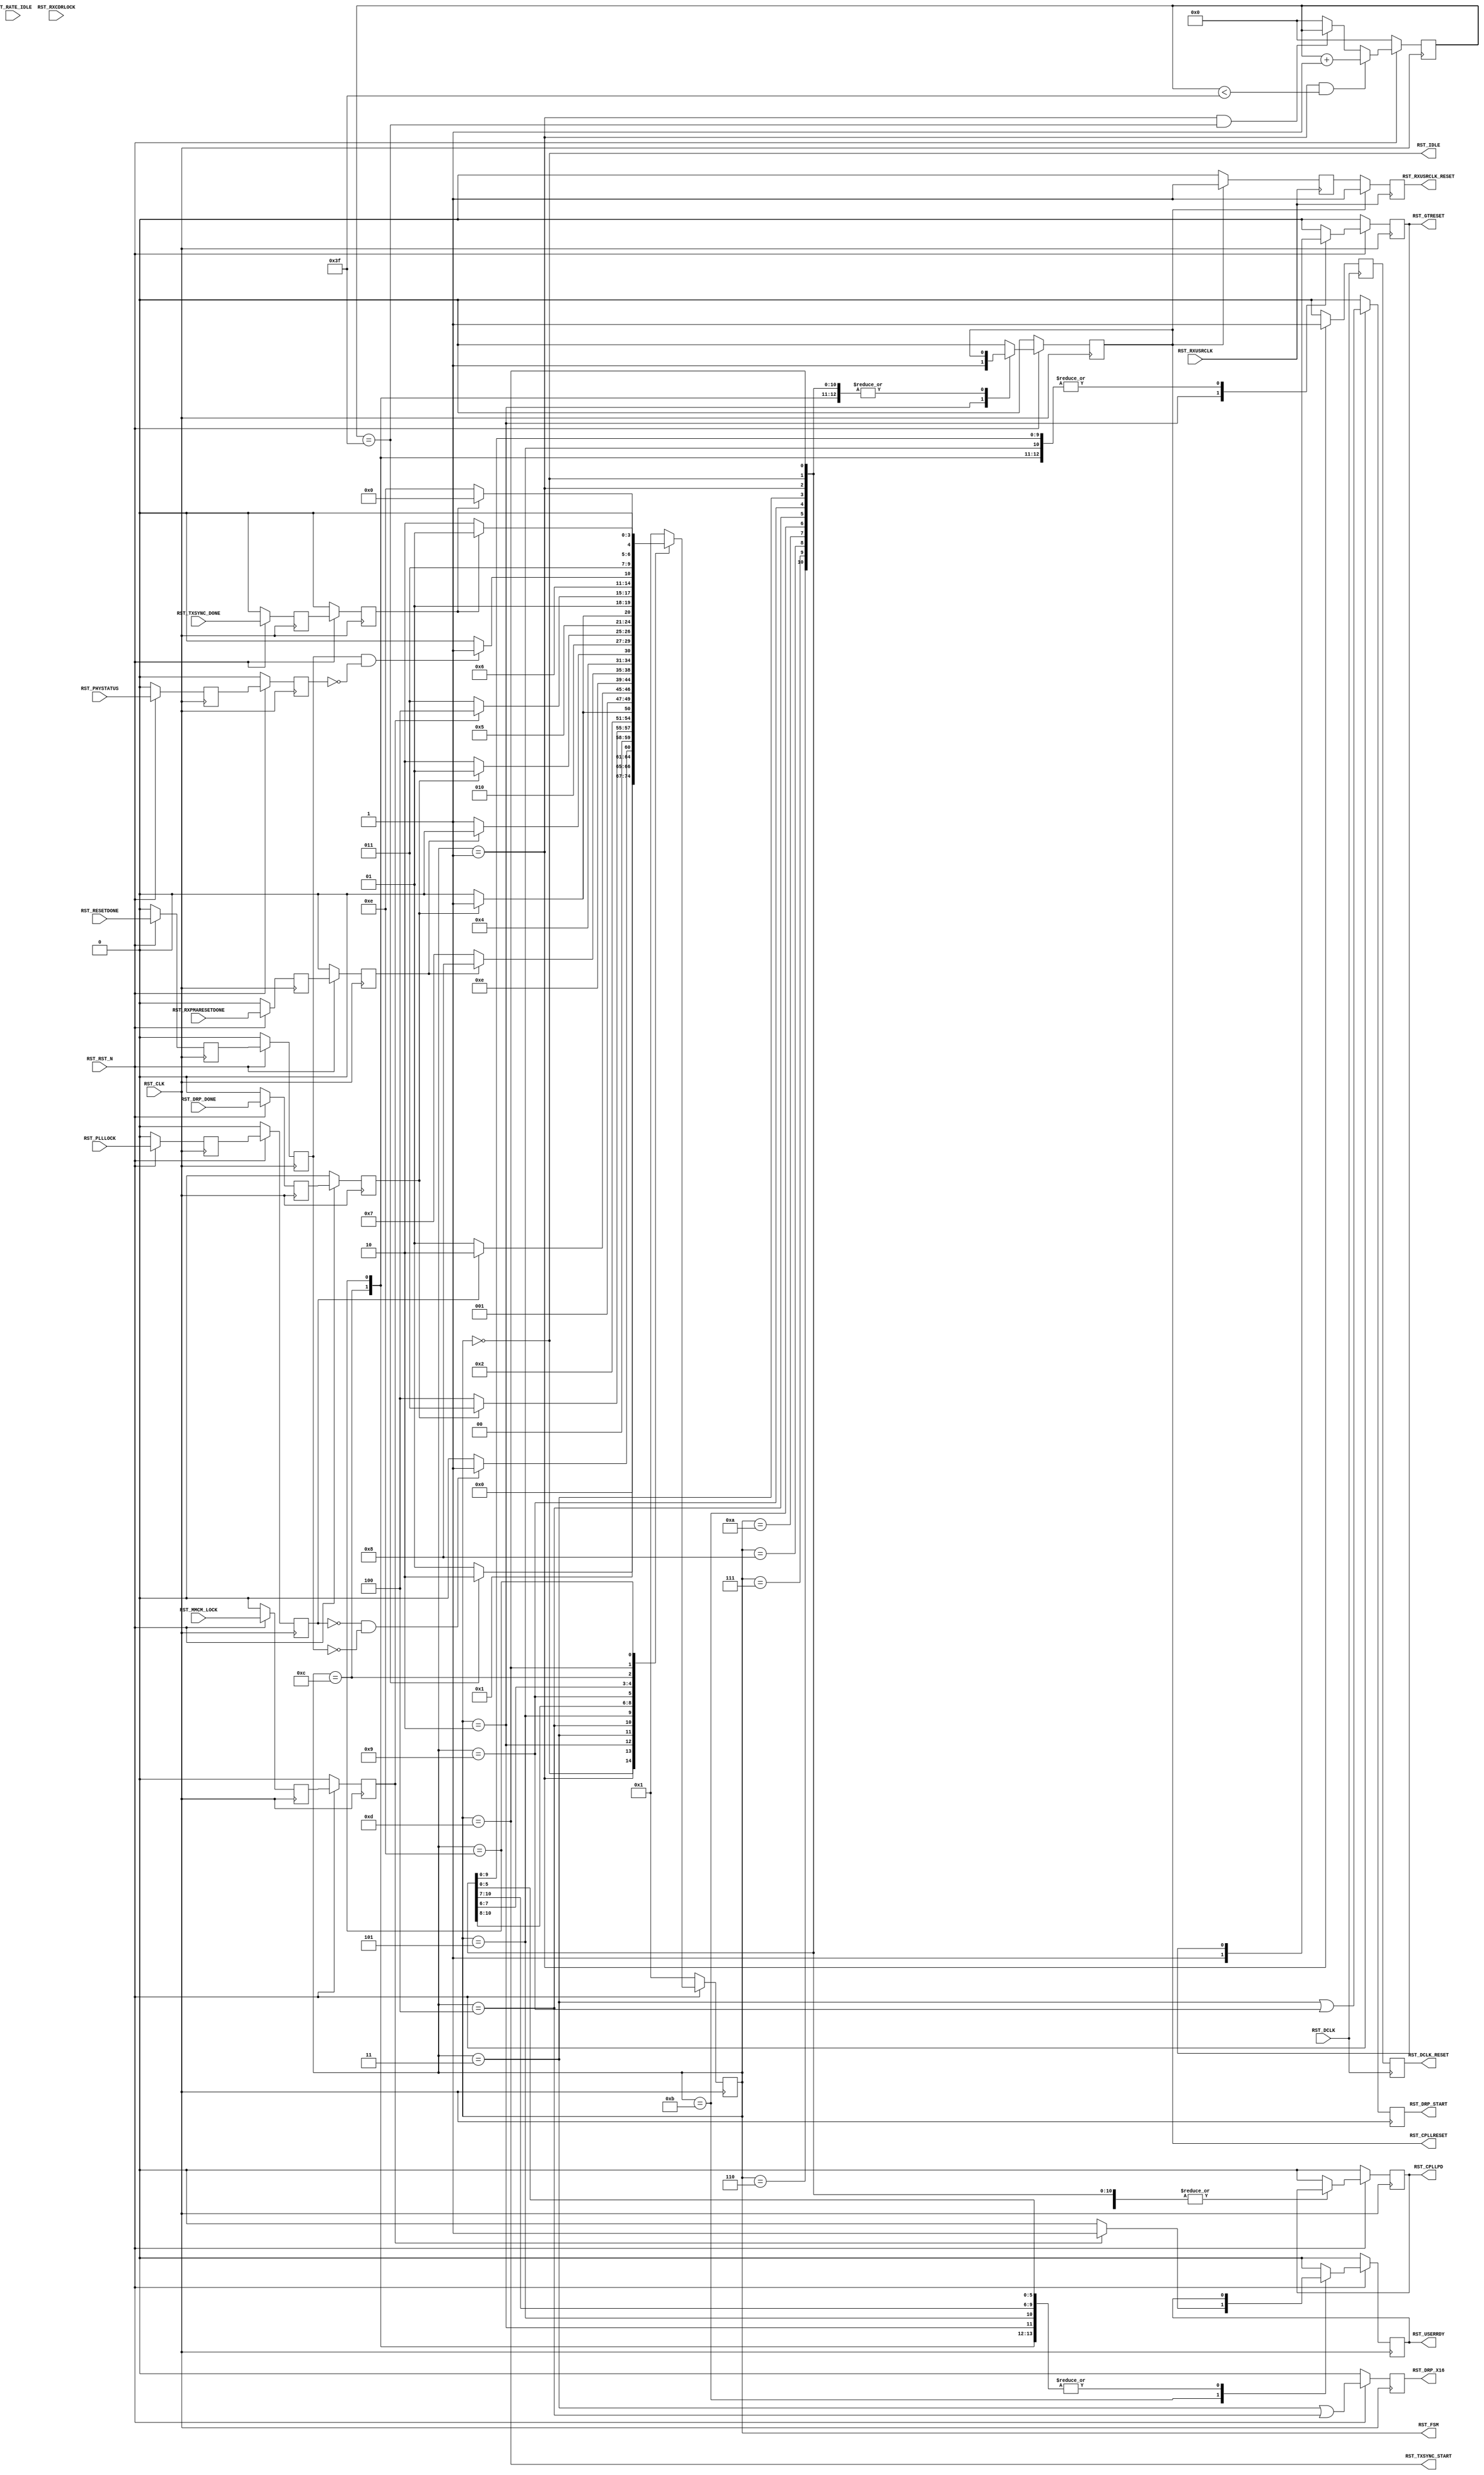
//-----------------------------------------------------------------------------
//
// (c) Copyright 2010-2011 Xilinx, Inc. All rights reserved.
//
// This file contains confidential and proprietary information
// of Xilinx, Inc. and is protected under U.S. and
// international copyright and other intellectual property
// laws.
//
// DISCLAIMER
// This disclaimer is not a license and does not grant any
// rights to the materials distributed herewith. Except as
// otherwise provided in a valid license issued to you by
// Xilinx, and to the maximum extent permitted by applicable
// law: (1) THESE MATERIALS ARE MADE AVAILABLE "AS IS" AND
// WITH ALL FAULTS, AND XILINX HEREBY DISCLAIMS ALL WARRANTIES
// AND CONDITIONS, EXPRESS, IMPLIED, OR STATUTORY, INCLUDING
// BUT NOT LIMITED TO WARRANTIES OF MERCHANTABILITY, NON-
// INFRINGEMENT, OR FITNESS FOR ANY PARTICULAR PURPOSE; and
// (2) Xilinx shall not be liable (whether in contract or tort,
// including negligence, or under any other theory of
// liability) for any loss or damage of any kind or nature
// related to, arising under or in connection with these
// materials, including for any direct, or any indirect,
// special, incidental, or consequential loss or damage
// (including loss of data, profits, goodwill, or any type of
// loss or damage suffered as a result of any action brought
// by a third party) even if such damage or loss was
// reasonably foreseeable or Xilinx had been advised of the
// possibility of the same.
//
// CRITICAL APPLICATIONS
// Xilinx products are not designed or intended to be fail-
// safe, or for use in any application requiring fail-safe
// performance, such as life-support or safety devices or
// systems, Class III medical devices, nuclear facilities,
// applications related to the deployment of airbags, or any
// other applications that could lead to death, personal
// injury, or severe property or environmental damage
// (individually and collectively, "Critical
// Applications"). Customer assumes the sole risk and
// liability of any use of Xilinx products in Critical
// Applications, subject only to applicable laws and
// regulations governing limitations on product liability.
//
// THIS COPYRIGHT NOTICE AND DISCLAIMER MUST BE RETAINED AS
// PART OF THIS FILE AT ALL TIMES.
//
//-----------------------------------------------------------------------------
// Project    : Series-7 Integrated Block for PCI Express
// Version    : 3.2
//------------------------------------------------------------------------------
//  Description  :  GTP PIPE Reset Module for 7 Series Transceiver
//  Version      :  19.0
//------------------------------------------------------------------------------



`timescale 1ns / 1ps



//---------- PIPE Reset Module -------------------------------------------------
(* DowngradeIPIdentifiedWarnings = "yes" *)
module PCIeGen2x8If128_gtp_pipe_reset #
(

    //---------- Global ------------------------------------
    parameter PCIE_SIM_SPEEDUP = "FALSE",                   // PCIe sim speedup 
    parameter PCIE_LANE        = 1,                         // PCIe number of lanes
    //---------- Local -------------------------------------
    parameter CFG_WAIT_MAX     = 6'd63,                     // Configuration wait max
    parameter BYPASS_RXCDRLOCK = 1                          // Bypass RXCDRLOCK

)

(

    //---------- Input -------------------------------------
    input                           RST_CLK,
    input                           RST_RXUSRCLK,
    input                           RST_DCLK,
    input                           RST_RST_N,
    input       [PCIE_LANE-1:0]     RST_DRP_DONE,
    input       [PCIE_LANE-1:0]     RST_RXPMARESETDONE,
    input                           RST_PLLLOCK,
    input       [PCIE_LANE-1:0]     RST_RATE_IDLE,
    input       [PCIE_LANE-1:0]     RST_RXCDRLOCK,
    input                           RST_MMCM_LOCK,
    input       [PCIE_LANE-1:0]     RST_RESETDONE,
    input       [PCIE_LANE-1:0]     RST_PHYSTATUS,
    input       [PCIE_LANE-1:0]     RST_TXSYNC_DONE,
    
    //---------- Output ------------------------------------
    output                          RST_CPLLRESET,
    output                          RST_CPLLPD,
    output reg                      RST_DRP_START,
    output reg                      RST_DRP_X16,
    output                          RST_RXUSRCLK_RESET,
    output                          RST_DCLK_RESET,
    output                          RST_GTRESET,
    output                          RST_USERRDY,
    output                          RST_TXSYNC_START,
    output                          RST_IDLE,
    output      [ 4:0]              RST_FSM

);

    //---------- Input Register ----------------------------
(* ASYNC_REG = "TRUE", SHIFT_EXTRACT = "NO" *)    reg         [PCIE_LANE-1:0]     drp_done_reg1;
(* ASYNC_REG = "TRUE", SHIFT_EXTRACT = "NO" *)    reg         [PCIE_LANE-1:0]     rxpmaresetdone_reg1;
(* ASYNC_REG = "TRUE", SHIFT_EXTRACT = "NO" *)    reg                             plllock_reg1;
(* ASYNC_REG = "TRUE", SHIFT_EXTRACT = "NO" *)    reg         [PCIE_LANE-1:0]     rate_idle_reg1;
(* ASYNC_REG = "TRUE", SHIFT_EXTRACT = "NO" *)    reg         [PCIE_LANE-1:0]     rxcdrlock_reg1;
(* ASYNC_REG = "TRUE", SHIFT_EXTRACT = "NO" *)    reg                             mmcm_lock_reg1;
(* ASYNC_REG = "TRUE", SHIFT_EXTRACT = "NO" *)    reg         [PCIE_LANE-1:0]     resetdone_reg1;
(* ASYNC_REG = "TRUE", SHIFT_EXTRACT = "NO" *)    reg         [PCIE_LANE-1:0]     phystatus_reg1;
(* ASYNC_REG = "TRUE", SHIFT_EXTRACT = "NO" *)    reg         [PCIE_LANE-1:0]     txsync_done_reg1;  
    
(* ASYNC_REG = "TRUE", SHIFT_EXTRACT = "NO" *)    reg         [PCIE_LANE-1:0]     drp_done_reg2;
(* ASYNC_REG = "TRUE", SHIFT_EXTRACT = "NO" *)    reg         [PCIE_LANE-1:0]     rxpmaresetdone_reg2;
(* ASYNC_REG = "TRUE", SHIFT_EXTRACT = "NO" *)    reg                             plllock_reg2;
(* ASYNC_REG = "TRUE", SHIFT_EXTRACT = "NO" *)    reg         [PCIE_LANE-1:0]     rate_idle_reg2;
(* ASYNC_REG = "TRUE", SHIFT_EXTRACT = "NO" *)    reg         [PCIE_LANE-1:0]     rxcdrlock_reg2;
(* ASYNC_REG = "TRUE", SHIFT_EXTRACT = "NO" *)    reg                             mmcm_lock_reg2;
(* ASYNC_REG = "TRUE", SHIFT_EXTRACT = "NO" *)    reg         [PCIE_LANE-1:0]     resetdone_reg2;
(* ASYNC_REG = "TRUE", SHIFT_EXTRACT = "NO" *)    reg         [PCIE_LANE-1:0]     phystatus_reg2;
(* ASYNC_REG = "TRUE", SHIFT_EXTRACT = "NO" *)    reg         [PCIE_LANE-1:0]     txsync_done_reg2;
    
    //---------- Internal Signal ---------------------------
    reg         [ 5:0]              cfg_wait_cnt      =  6'd0;
    
    //---------- Output Register ---------------------------
    reg                             pllreset          =  1'd0;
    reg                             pllpd             =  1'd0;
    reg                             rxusrclk_rst_reg1 =  1'd0;
    reg                             rxusrclk_rst_reg2 =  1'd0;
    reg                             dclk_rst_reg1     =  1'd0;
    reg                             dclk_rst_reg2     =  1'd0;
    reg                             gtreset           =  1'd0;
    reg                             userrdy           =  1'd0;
    reg         [ 4:0]              fsm               =  5'h1;                 
   
    //---------- FSM ---------------------------------------                                         
    localparam                      FSM_IDLE             = 5'h0; 
    localparam                      FSM_CFG_WAIT         = 5'h1;
    localparam                      FSM_PLLRESET         = 5'h2; 
    localparam                      FSM_DRP_X16_START    = 5'h3;
    localparam                      FSM_DRP_X16_DONE     = 5'h4;   
    localparam                      FSM_PLLLOCK          = 5'h5;
    localparam                      FSM_GTRESET          = 5'h6;
    localparam                      FSM_RXPMARESETDONE_1 = 5'h7; 
    localparam                      FSM_RXPMARESETDONE_2 = 5'h8; 
    localparam                      FSM_DRP_X20_START    = 5'h9;
    localparam                      FSM_DRP_X20_DONE     = 5'hA;                    
    localparam                      FSM_MMCM_LOCK        = 5'hB;  
    localparam                      FSM_RESETDONE        = 5'hC;  
    localparam                      FSM_TXSYNC_START     = 5'hD;
    localparam                      FSM_TXSYNC_DONE      = 5'hE;                                 

    

//---------- Input FF ----------------------------------------------------------
always @ (posedge RST_CLK)
begin

    if (!RST_RST_N)
        begin    
        //---------- 1st Stage FF --------------------------  
        drp_done_reg1       <= {PCIE_LANE{1'd0}};   
        rxpmaresetdone_reg1 <= {PCIE_LANE{1'd0}}; 
        plllock_reg1        <= 1'd0; 
        rate_idle_reg1      <= {PCIE_LANE{1'd0}}; 
        rxcdrlock_reg1      <= {PCIE_LANE{1'd0}}; 
        mmcm_lock_reg1      <= 1'd0; 
        resetdone_reg1      <= {PCIE_LANE{1'd0}}; 
        phystatus_reg1      <= {PCIE_LANE{1'd0}}; 
        txsync_done_reg1    <= {PCIE_LANE{1'd0}}; 
        //---------- 2nd Stage FF --------------------------
        drp_done_reg2       <= {PCIE_LANE{1'd0}};
        rxpmaresetdone_reg2 <= {PCIE_LANE{1'd0}}; 
        plllock_reg2        <= 1'd0; 
        rate_idle_reg2      <= {PCIE_LANE{1'd0}}; 
        rxcdrlock_reg2      <= {PCIE_LANE{1'd0}}; 
        mmcm_lock_reg2      <= 1'd0;
        resetdone_reg2      <= {PCIE_LANE{1'd0}}; 
        phystatus_reg2      <= {PCIE_LANE{1'd0}}; 
        txsync_done_reg2    <= {PCIE_LANE{1'd0}}; 
        end
    else
        begin  
        //---------- 1st Stage FF --------------------------   
        drp_done_reg1       <= RST_DRP_DONE; 
        rxpmaresetdone_reg1 <= RST_RXPMARESETDONE; 
        plllock_reg1        <= RST_PLLLOCK;
        rate_idle_reg1      <= RST_RATE_IDLE;
        rxcdrlock_reg1      <= RST_RXCDRLOCK;
        mmcm_lock_reg1      <= RST_MMCM_LOCK;
        resetdone_reg1      <= RST_RESETDONE;
        phystatus_reg1      <= RST_PHYSTATUS;
        txsync_done_reg1    <= RST_TXSYNC_DONE;
        //---------- 2nd Stage FF --------------------------
        drp_done_reg2       <= drp_done_reg1;
        rxpmaresetdone_reg2 <= rxpmaresetdone_reg1;
        plllock_reg2        <= plllock_reg1;
        rate_idle_reg2      <= rate_idle_reg1;
        rxcdrlock_reg2      <= rxcdrlock_reg1;
        mmcm_lock_reg2      <= mmcm_lock_reg1;
        resetdone_reg2      <= resetdone_reg1;
        phystatus_reg2      <= phystatus_reg1;
        txsync_done_reg2    <= txsync_done_reg1;   
        end
        
end    



//---------- Configuration Reset Wait Counter ----------------------------------
always @ (posedge RST_CLK)
begin

    if (!RST_RST_N)
        cfg_wait_cnt <= 6'd0;
    else
    
        //---------- Increment Configuration Reset Wait Counter
        if ((fsm == FSM_CFG_WAIT) && (cfg_wait_cnt < CFG_WAIT_MAX))
            cfg_wait_cnt <= cfg_wait_cnt + 6'd1;
            
        //---------- Hold Configuration Reset Wait Counter -
        else if ((fsm == FSM_CFG_WAIT) && (cfg_wait_cnt == CFG_WAIT_MAX))
            cfg_wait_cnt <= cfg_wait_cnt;
            
        //---------- Reset Configuration Reset Wait Counter 
        else
            cfg_wait_cnt <= 6'd0;
        
end 



//---------- PIPE Reset FSM ----------------------------------------------------
always @ (posedge RST_CLK)
begin

    if (!RST_RST_N)
        begin
        fsm      <= FSM_CFG_WAIT;
        pllreset <= 1'd0;
        pllpd    <= 1'd0;
        gtreset  <= 1'd0;
        userrdy  <= 1'd0;
        end
    else
        begin
        
        case (fsm)
            
        //---------- Idle State ----------------------------
        FSM_IDLE :
        
            begin
            if (!RST_RST_N)
                begin
                fsm      <= FSM_CFG_WAIT;
                pllreset <= 1'd0;
                pllpd    <= 1'd0;
                gtreset  <= 1'd0;
                userrdy  <= 1'd0;
                end
            else
                begin
                fsm      <= FSM_IDLE;
                pllreset <= pllreset;
                pllpd    <= pllpd;
                gtreset  <= gtreset;
                userrdy  <= userrdy;
                end
            end  
            
        //----------  Wait for Configuration Reset Delay ---
        FSM_CFG_WAIT :
          
            begin
            fsm       <= ((cfg_wait_cnt == CFG_WAIT_MAX) ? FSM_PLLRESET : FSM_CFG_WAIT);
            pllreset  <= pllreset;
            pllpd     <= pllpd;
            gtreset   <= gtreset;
            userrdy   <= userrdy;
            end 
            
        //---------- Hold PLL and GTP Channel in Reset ----
        FSM_PLLRESET :
        
            begin
            fsm       <= (((~plllock_reg2) && (&(~resetdone_reg2))) ? FSM_DRP_X16_START : FSM_PLLRESET);
            pllreset  <= 1'd1;
            pllpd     <= pllpd;
            gtreset   <= 1'd1;
            userrdy   <= userrdy;
            end  

        //---------- Start DRP x16 -------------------------
        FSM_DRP_X16_START :
            
            begin
            fsm       <= &(~drp_done_reg2) ? FSM_DRP_X16_DONE : FSM_DRP_X16_START;
            pllreset  <= pllreset;
            pllpd     <= pllpd;
            gtreset   <= gtreset;
            userrdy   <= userrdy;
            end
            
        //---------- Wait for DRP x16 Done -----------------    
        FSM_DRP_X16_DONE :
        
            begin  
            fsm       <= (&drp_done_reg2) ? FSM_PLLLOCK : FSM_DRP_X16_DONE;
            pllreset  <= pllreset;
            pllpd     <= pllpd;
            gtreset   <= gtreset;
            userrdy   <= userrdy;
            end  

        //---------- Wait for PLL Lock --------------------
        FSM_PLLLOCK :
        
            begin
            fsm       <= (plllock_reg2 ? FSM_GTRESET : FSM_PLLLOCK);
            pllreset  <= 1'd0;
            pllpd     <= pllpd;
            gtreset   <= gtreset;
            userrdy   <= userrdy;
            end

        //---------- Release GTRESET -----------------------
        FSM_GTRESET :
        
            begin
            fsm       <= FSM_RXPMARESETDONE_1;
            pllreset  <= pllreset;
            pllpd     <= pllpd;
            gtreset   <= 1'b0;
            userrdy   <= userrdy;
            end
            
        //---------- Wait for RXPMARESETDONE Assertion -----  
        FSM_RXPMARESETDONE_1 :
        
            begin
            fsm       <= (&rxpmaresetdone_reg2 || (PCIE_SIM_SPEEDUP == "TRUE")) ? FSM_RXPMARESETDONE_2 : FSM_RXPMARESETDONE_1;
            pllreset  <= pllreset;
            pllpd     <= pllpd;
            gtreset   <= gtreset;
            userrdy   <= userrdy;
            end  

        //---------- Wait for RXPMARESETDONE De-assertion --
        FSM_RXPMARESETDONE_2 :
        
            begin
            fsm       <= (&(~rxpmaresetdone_reg2) || (PCIE_SIM_SPEEDUP == "TRUE")) ? FSM_DRP_X20_START : FSM_RXPMARESETDONE_2;
            pllreset  <= pllreset;
            pllpd     <= pllpd;
            gtreset   <= gtreset;
            userrdy   <= userrdy;
            end  
            
        //---------- Start DRP x20 -------------------------
        FSM_DRP_X20_START :
            
            begin
            fsm       <= &(~drp_done_reg2) ? FSM_DRP_X20_DONE : FSM_DRP_X20_START;
            pllreset  <= pllreset;
            pllpd     <= pllpd;
            gtreset   <= gtreset;
            userrdy   <= userrdy;
            end
            
        //---------- Wait for DRP x20 Done -----------------    
        FSM_DRP_X20_DONE :
        
            begin  
            fsm       <= (&drp_done_reg2) ? FSM_MMCM_LOCK : FSM_DRP_X20_DONE;
            pllreset  <= pllreset;
            pllpd     <= pllpd;
            gtreset   <= gtreset;
            userrdy   <= userrdy;
            end      

        //---------- Wait for MMCM and RX CDR Lock ---------
        FSM_MMCM_LOCK :
        
            begin  
            if (mmcm_lock_reg2 && (&rxcdrlock_reg2 || (BYPASS_RXCDRLOCK == 1)))
                begin
                fsm       <= FSM_RESETDONE;
                pllreset  <= pllreset;
                pllpd     <= pllpd;
                gtreset   <= gtreset;
                userrdy   <= 1'd1;
                end
            else
                begin
                fsm       <= FSM_MMCM_LOCK;
                pllreset  <= pllreset;
                pllpd     <= pllpd;
                gtreset   <= gtreset;
                userrdy   <= 1'd0;
                end
            end

        //---------- Wait for [TX/RX]RESETDONE and PHYSTATUS 
        FSM_RESETDONE :
        
            begin
            fsm       <= (&resetdone_reg2 && (&(~phystatus_reg2)) ? FSM_TXSYNC_START : FSM_RESETDONE);  
            pllreset  <= pllreset;
            pllpd     <= pllpd;
            gtreset   <= gtreset;
            userrdy   <= userrdy;
            end
            
        //---------- Start TX Sync -------------------------
        FSM_TXSYNC_START :
        
            begin
            fsm       <= (&(~txsync_done_reg2) ? FSM_TXSYNC_DONE : FSM_TXSYNC_START);
            pllreset  <= pllreset;
            pllpd     <= pllpd;
            gtreset   <= gtreset;
            userrdy   <= userrdy;
            end
            
        //---------- Wait for TX Sync Done -----------------
        FSM_TXSYNC_DONE :
        
            begin
            fsm       <= (&txsync_done_reg2 ? FSM_IDLE : FSM_TXSYNC_DONE);
            pllreset  <= pllreset;
            pllpd     <= pllpd;
            gtreset   <= gtreset;
            userrdy   <= userrdy;
            end     
            
        //---------- Default State -------------------------
        default :
        
            begin
            fsm       <= FSM_CFG_WAIT;
            pllreset  <= 1'd0;
            pllpd     <= 1'd0;
            gtreset   <= 1'd0;
            userrdy   <= 1'd0;
            end

        endcase
        
        end
        
end



//---------- RXUSRCLK Reset Synchronizer ---------------------------------------
always @ (posedge RST_RXUSRCLK)
begin

    if (pllreset) 
        begin
        rxusrclk_rst_reg1 <= 1'd1;
        rxusrclk_rst_reg2 <= 1'd1;
        end
    else
        begin
        rxusrclk_rst_reg1 <= 1'd0;
        rxusrclk_rst_reg2 <= rxusrclk_rst_reg1;
        end   
          
end  

//---------- DCLK Reset Synchronizer -------------------------------------------
always @ (posedge RST_DCLK)
begin

    if (fsm == FSM_CFG_WAIT)
        begin
        dclk_rst_reg1 <= 1'd1;
        dclk_rst_reg2 <= dclk_rst_reg1;
        end
    else
        begin
        dclk_rst_reg1 <= 1'd0;
        dclk_rst_reg2 <= dclk_rst_reg1;
        end   
          
end  



//---------- PIPE Reset Output -------------------------------------------------
assign RST_CPLLRESET      = pllreset;
assign RST_CPLLPD         = pllpd;
assign RST_RXUSRCLK_RESET = rxusrclk_rst_reg2;
assign RST_DCLK_RESET     = dclk_rst_reg2;
assign RST_GTRESET        = gtreset;  
assign RST_USERRDY        = userrdy;
assign RST_TXSYNC_START   = (fsm == FSM_TXSYNC_START);
assign RST_IDLE           = (fsm == FSM_IDLE);
assign RST_FSM            = fsm;                   



//--------------------------------------------------------------------------------------------------
//  Register Output
//--------------------------------------------------------------------------------------------------
always @ (posedge RST_CLK)
begin

    if (!RST_RST_N) 
        begin
        RST_DRP_START <= 1'd0;
        RST_DRP_X16   <= 1'd0;
        end
    else
        begin
        RST_DRP_START <= (fsm == FSM_DRP_X16_START) || (fsm == FSM_DRP_X20_START); 
        RST_DRP_X16   <= (fsm == FSM_DRP_X16_START) || (fsm == FSM_DRP_X16_DONE);
        end
        
end  



endmodule